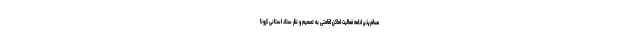
مسافرپذیر ادامه فعالیت اماکن اقامتی به تصمیم و نظر ستاد استانی کرونا